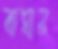
বাঘায়